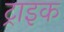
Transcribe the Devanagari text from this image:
ट्राइक